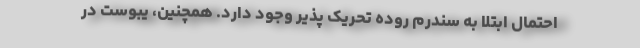
احتمال ابتلا به سندرم روده تحریک پذیر وجود دارد. همچنین، یبوست در